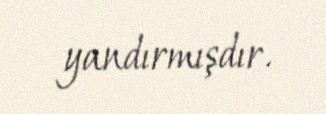
yandırmışdır.